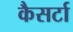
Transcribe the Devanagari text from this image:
कैसर्टा